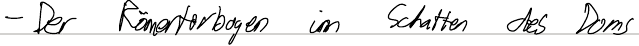
- Der Römertorbogen im Schatten des Doms